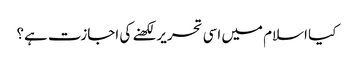
کیا اسلام میں اسی تحریر لکھنے کی اجازت ہے؟